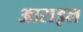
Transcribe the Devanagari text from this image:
आराइल